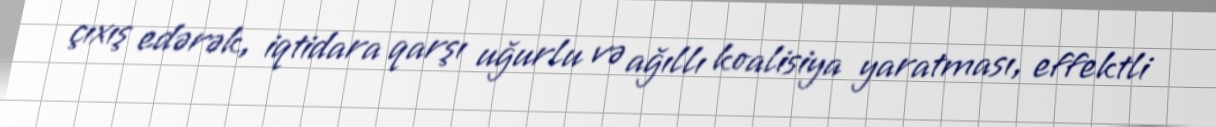
çıxış edərək, iqtidara qarşı uğurlu və ağıllı koalisiya yaratması, effektli